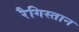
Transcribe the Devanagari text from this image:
रैगिस्तान